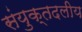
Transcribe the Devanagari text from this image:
संयुक्तदलीय